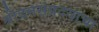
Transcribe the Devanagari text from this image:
श्रीदत्तसंप्रदयाचा